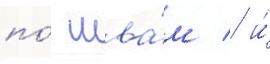
по́ шва́м / и́